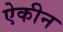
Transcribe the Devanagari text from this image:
ऐकीन